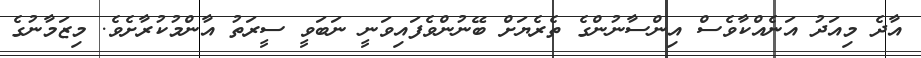
އާދެ މިއަދު އަނެއްކާވެސް އިންސާނުންގެ ތެރެޔަށް ބޭނުންވެފައިވަނީ ނަބަވީ ސީރަތު އާންމުކުރާށެވެ. މިޒަމާނުގެ